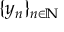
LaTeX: \{ y _ { n } \} _ { n \in \mathbb { N } }